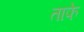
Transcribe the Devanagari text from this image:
ताफे